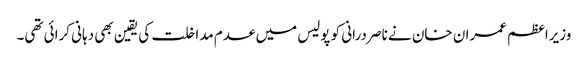
وزیراعظم عمران خان نے ناصر درانی کو پولیس میں عدم مداخلت کی یقین بھی دہانی کرائی تھی۔